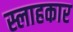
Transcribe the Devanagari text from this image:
स्लाहकार